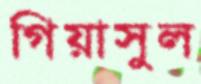
গিয়াসুল